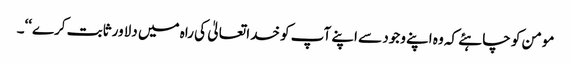
مومن کو چاہئے کہ وہ اپنے وجود سے اپنے آپ کو خدا تعالیٰ کی راہ میں دلاور ثابت کرے‘‘۔